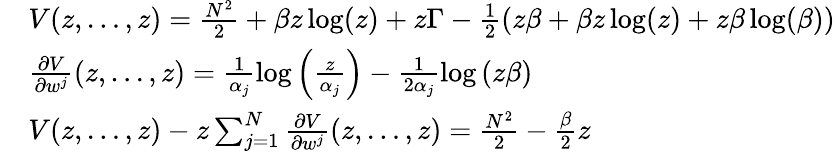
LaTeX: \begin{array}{rl}&{V(z,\dots,z)=\frac{N^{2}}{2}+\beta z\log(z)+z\Gamma-\frac{1}{2}\left(z\beta+\beta z\log(z)+z\beta\log(\beta)\right)}\\ &{\frac{\partial V}{\partial w^{j}}(z,\dots,z)=\frac{1}{\alpha_{j}}\log\left(\frac{z}{\alpha_{j}}\right)-\frac{1}{2\alpha_{j}}\log\left(z\beta\right)}\\ &{V(z,\dots,z)-z\sum_{j=1}^{N}\frac{\partial V}{\partial w^{j}}(z,\dots,z)=\frac{N^{2}}{2}-\frac{\beta}{2}z}\end{array}